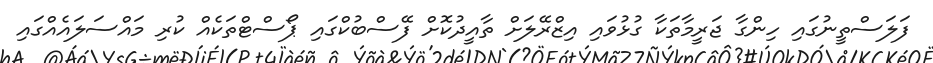
ފަލަސްތީނުގައި ހިންގާ ޖަރީމާތަކާ ގުޅުވައި އިޒްރޭލަށް ތާއީދުކޮށް ފޭސްބުކްގައި ޕޯސްޓްތަކެއް ކުރި މައްސަލައެއްގައި